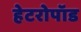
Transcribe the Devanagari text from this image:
हेटरोपॉड